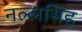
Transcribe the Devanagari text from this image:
नल्लसिंह